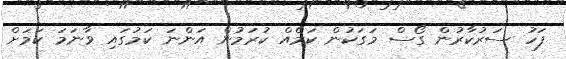
ފަހު ސަރުކާރުން ގޯސް މަގަކުން ކަމެއް ކުރަމުން އަންނަ ކަމުގައި ވާނަމަ ކަމަށް